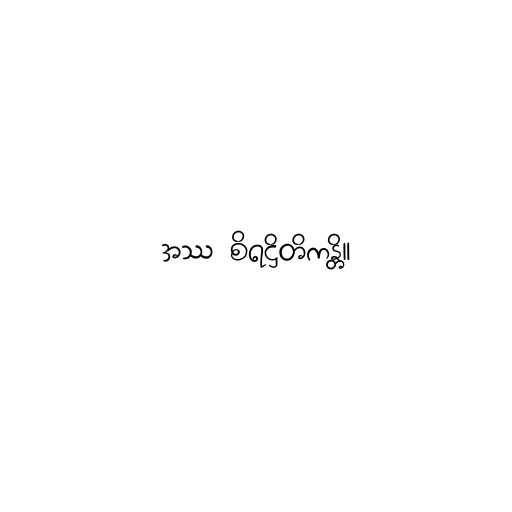
အဿ စိရဋ္ဌိတိကန္တိ။